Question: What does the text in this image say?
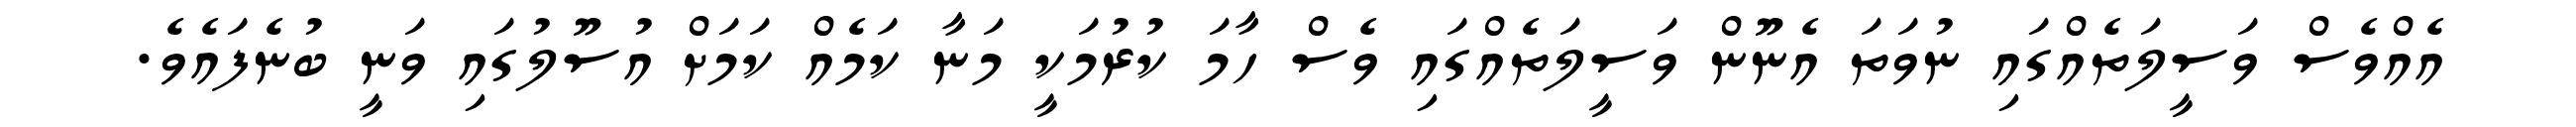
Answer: އެއްވެސް ވަސީލަތެއްގައި ނުވަތަ އެނޫން ވަސީލަތެއްގައި ވެސް ހާމަ ކުރުމަކީ މަނާ ކަމެއް ކަމަށް އުސޫލުގައި ވަނީ ބުނެފައެވެ.